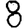
Digit: 8